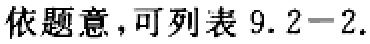
依题意，可列表 \(9.2 - 2.\)